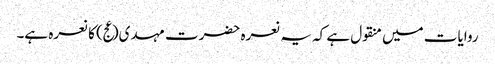
روایات میں منقول ہے کہ یہ نعرہ حضرت مہدی(عج) کا نعرہ ہے۔